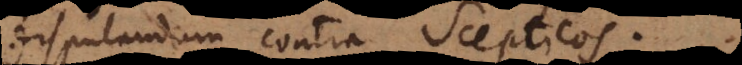
disputandum contra Scepticos.